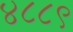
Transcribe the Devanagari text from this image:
४८८९